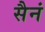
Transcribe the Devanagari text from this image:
सैनं